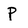
Character: P